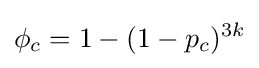
\phi _{c}=1-(1-p_{c})^{3k}